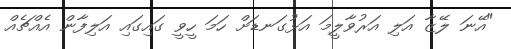
"އޭނަ ލޭޒާ އަލި އަރުވާލީމަ އަޅުގަނޑަށް ހަމަ ހީވީ ގައިގައި އަލިފާން އެއްޗެއް